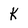
Character: K